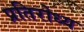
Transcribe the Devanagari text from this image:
प्रतिरोध्य